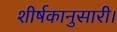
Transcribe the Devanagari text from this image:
शीर्षकानुसारी।